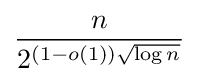
{\frac {n}{2^{(1-o(1)){\sqrt {\log n}}}}}